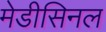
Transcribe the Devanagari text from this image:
मेडीसिनल